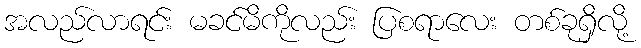
အလည်လာရင်း မခင်မိကိုလည်း ပြစရာလေး တစ်ခုရှိလို့